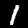
Label: 1